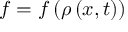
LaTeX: f = f \left( \rho \left( x , t \right) \right)